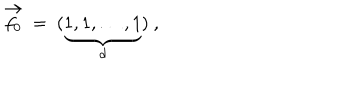
\vec { f _ { 0 } } \ = \ ( \underbrace { 1 , 1 , \ldots , 1 } _ { d } ) \ ,